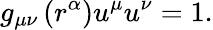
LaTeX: g_{\mu\nu}\left(r^{\alpha}\right)u^{\mu}u^{\nu}=1.